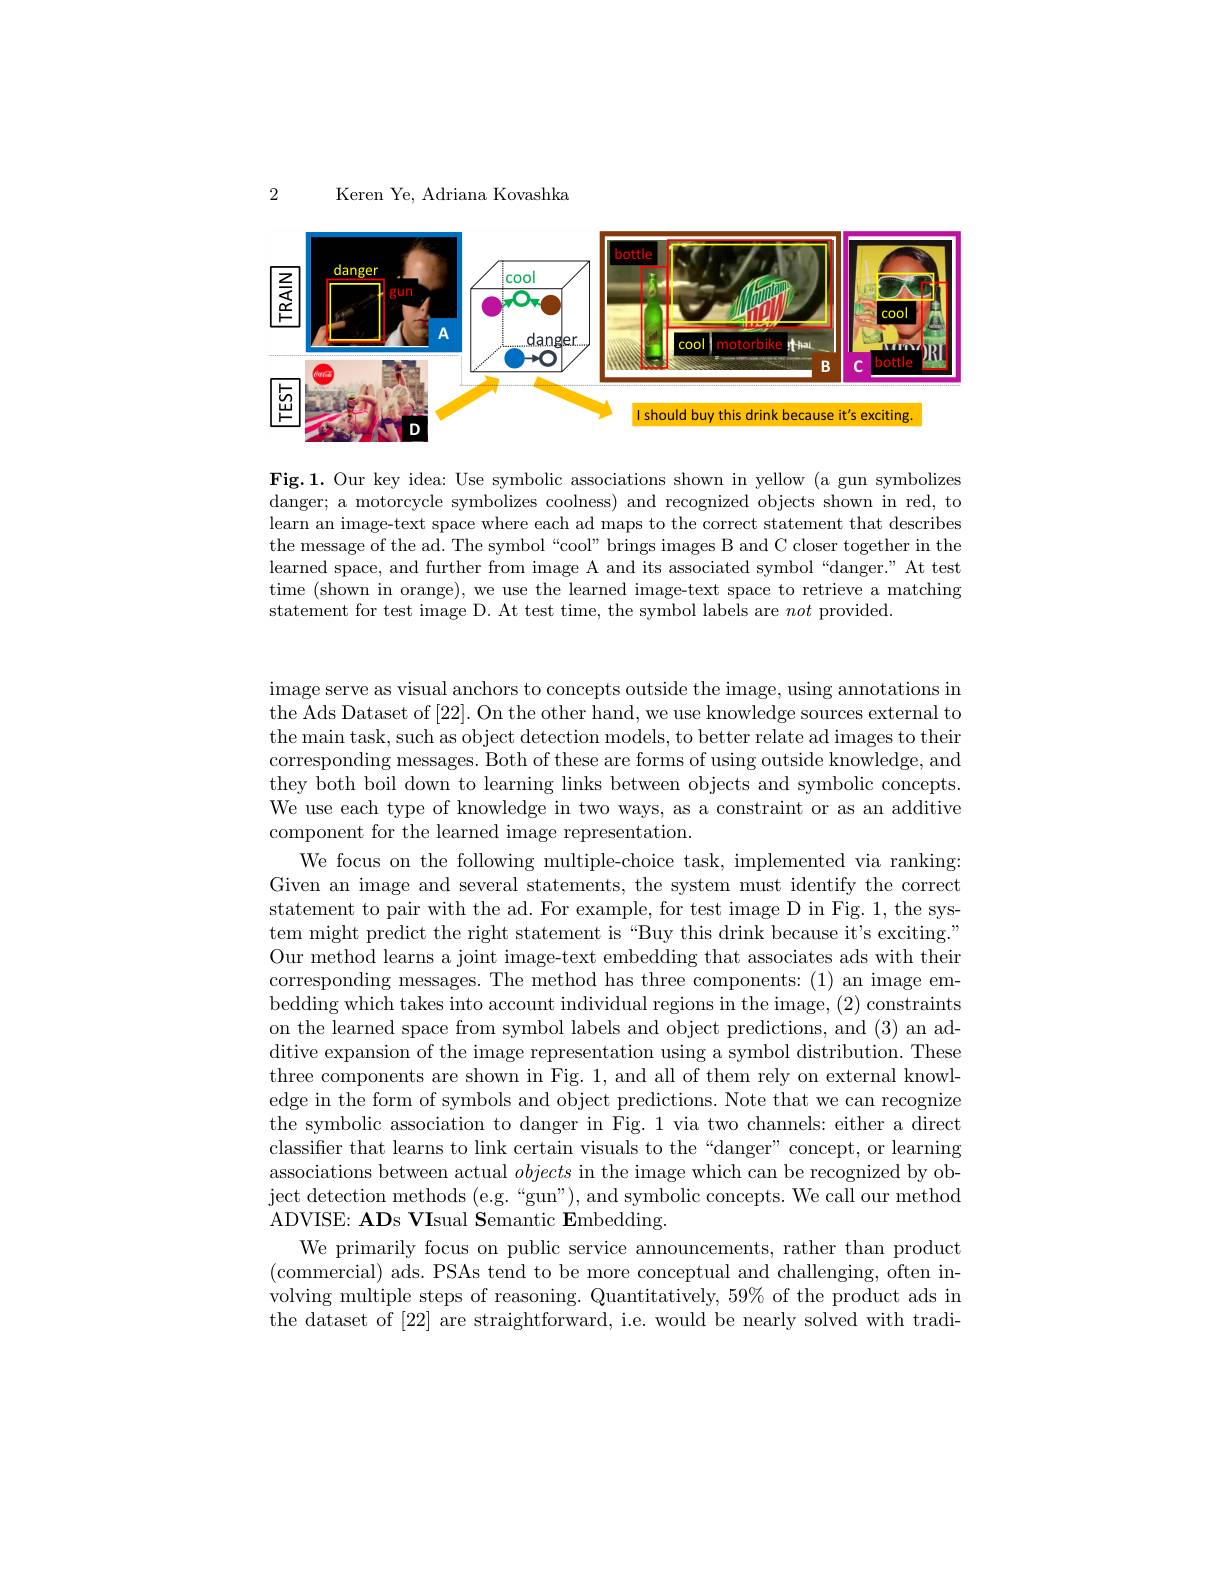
2

Keren Ye, Adriana Kovashka

<FigureHere>

Fig.1.Our key idea: Use symbolic associations shown in yellow (a gun symbolizes danger; a motorcycle symbolizes coolness) and recognized objects shown in red, to learn an image-text space where each ad maps to the correct statement that describes the message of the ad. The symbol “cool” brings images B and C closer together in the learned space, and further from image A and its associated symbol “danger.”At test time (shown in orange), we use the learned image-text space to retrieve a matching statement for test image D. At test time, the symbol labels are not provided.

image serve as visual anchors to concepts outside the image, using annotations in the Ads Dataset of [22]. On the other hand, we use knowledge sources external to the main task, such as object detection models, to better relate ad images to their corresponding messages. Both of these are forms of using outside knowledge, and they both boil down to learning links between objects and symbolic concepts. We use each type of knowledge in two ways, as a constraint or as an additive component for the learned image representation.
We focus on the following multiple-choice task, implemented via ranking: Given an image and several statements, the system must identify the correct statement to pair with the ad. For example, for test image D in Fig. 1, the system might predict the right statement is “Buy this drink because it's exciting." Our method learns a joint image-text embedding that associates ads with their corresponding messages. The method has three components: (1) an image embedding which takes into account individual regions in the image, (2) constraints on the learned space from symbol labels and object predictions, and (3) an additive expansion of the image representation using a symbol distribution. These three components are shown in Fig. 1, and all of them rely on external knowledge in the form of symbols and object predictions. Note that we can recognize the symbolic association to danger in Fig. 1 via two channels: either a direct classifier that learns to link certain visuals to the “danger”concept, or learning associations between actual objects in the image which can be recognized by object detection methods (e.g.“gun"), and symbolic concepts. We call our method ADVISE: ADs VIsual Semantic Embedding.
We primarily focus on public service announcements, rather than product (commercial) ads. PSAs tend to be more conceptual and challenging, often involving multiple steps of reasoning. Quantitatively, 59% of the product ads in the dataset of [22] are straightforward, i.e. would be nearly solved with tradi-